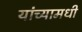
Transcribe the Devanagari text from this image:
यांच्यामधी